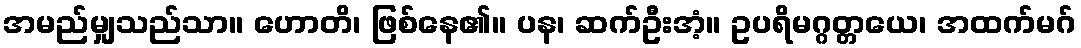
အမည်မျှသည်သာ။ ဟောတိ၊ ဖြစ်နေ၏။ ပန၊ ဆက်ဦးအံ့။ ဥပရိမဂ္ဂတ္တယေ၊ အထက်မဂ်